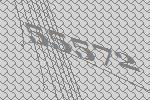
55572